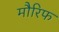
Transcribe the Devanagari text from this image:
मौरिफ